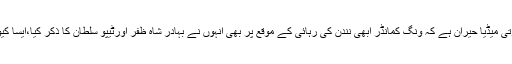
بھارتی میڈیا حیران ہے کہ ونگ کمانڈر ابھی نندن کی رہائی کے موقع پر بھی انہوں نے بہادر شاہ ظفر اورٹیپو سلطان کا ذکر کیا،ایسا کیوں ؟